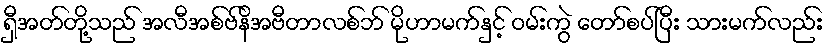
ရှီအတ်တို့သည် အလီအစ်ဗ်နိအဗီတာလစ်ဘ် မိုဟာမက်နှင့် ဝမ်းကွဲ တော်စပ်ပြီး သားမက်လည်း